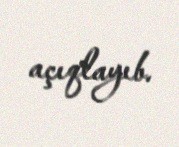
açıqlayıb.